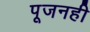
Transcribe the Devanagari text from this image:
पूजनही